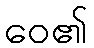
ဝေ၏